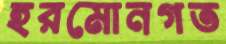
হরমোনগত